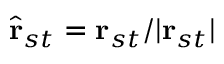
\hat { \mathbf { r } } _ { s t } = \mathbf { r } _ { s t } / | \mathbf { r } _ { s t } |